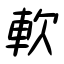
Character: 軟